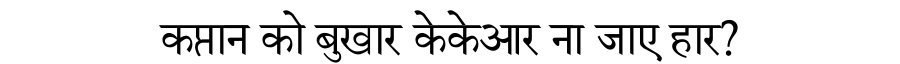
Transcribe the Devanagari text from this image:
कप्तान को बुखार केकेआर ना जाए हार?